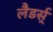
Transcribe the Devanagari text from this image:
लैडर्स्